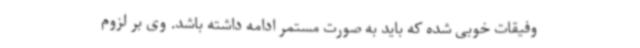
وفیقات خوبی شده که باید به صورت مستمر ادامه داشته باشد. وی بر لزوم